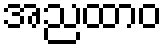
အညထာဝ